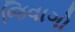
જિવાગો